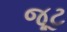
જૂટ